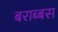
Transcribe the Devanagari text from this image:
बराब्बस